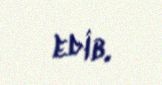
edib.